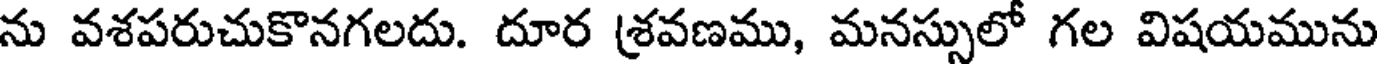
ను వశపరుచుకొనగలదు. దూర శ్రవణము, మనస్సులో గల విషయమును